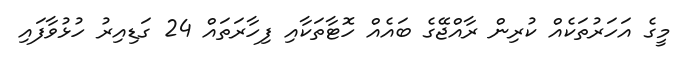
މީގެ އަހަރުތަކެއް ކުރިން ރާއްޖޭގެ ބައެއް ހޮޓާތަކާއި ފިހާރަތައް 24 ގަޑިއިރު ހުޅުވާފައި